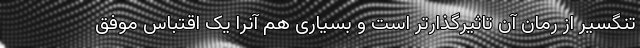
تنگسیر از رمان آن تاثیرگذارتر است و بسیاری هم آنرا یک اقتباس موفق